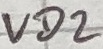
Text: VD2